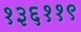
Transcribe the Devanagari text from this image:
१३६११९